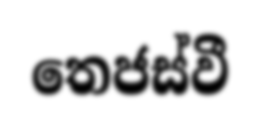
තෙජස්වී